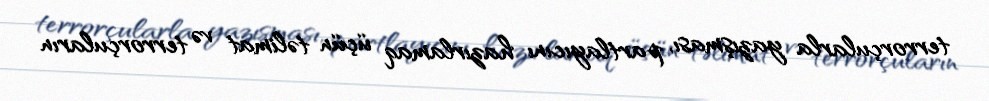
terrorçularla yazışması, partlayıcını hazırlamaq üçün təlimat və terrorçuların